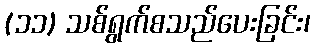
(၁၁) သစ်ရွက်စသည်ပေးခြင်း၊